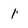
Character: 1